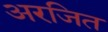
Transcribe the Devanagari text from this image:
अरजित